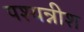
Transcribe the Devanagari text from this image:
पश्यन्नीश